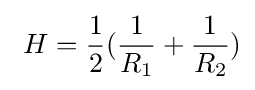
\ H={\frac {1}{2}}({\frac {1}{R_{1}}}+{\frac {1}{R_{2}}})